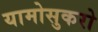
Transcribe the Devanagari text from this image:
यामोसुकरो